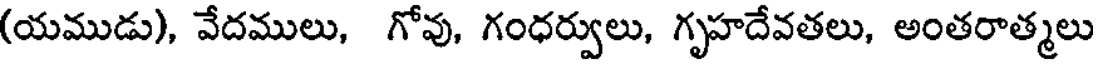
(యముడు), వేదములు, గోవు, గంధర్వులు, గృహదేవతలు, అంతరాత్మలు